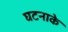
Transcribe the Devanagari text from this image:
घटनाके